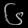
Digit: ၆